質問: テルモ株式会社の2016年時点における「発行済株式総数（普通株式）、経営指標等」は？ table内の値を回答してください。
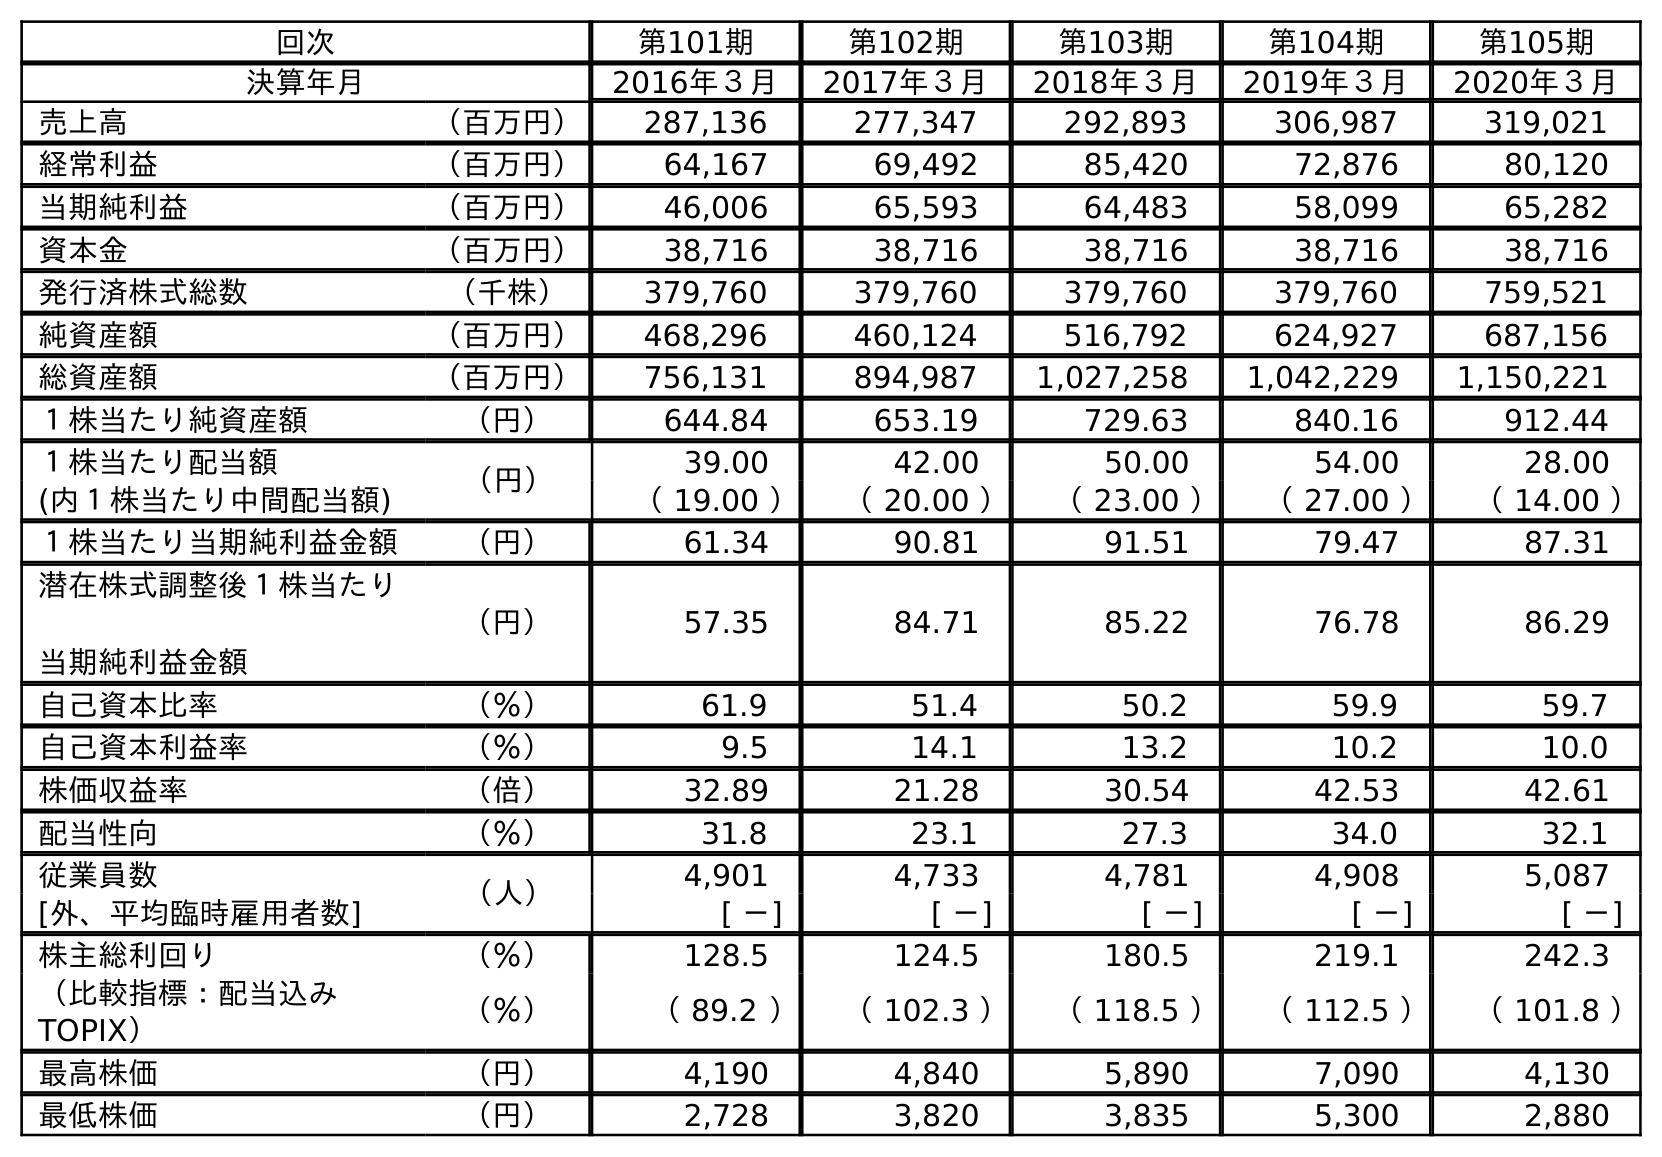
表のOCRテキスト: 回次 第101期 第102期 第103期 第104期 第105期 決算年月 2016年３月 2017年３月 2018年３月 2019年３月 2020年３月 売上高 （百万円） 287,136 277,347 292,893 306,987 319,021 経常利益 （百万円） 64,167 69,492 85,420 72,876 80,120 当期純利益 （百万円） 46,006 65,593 64,483 58,099 65,282 資本金 （百万円） 38,716 38,716 38,716 38,716 38,716 発行済株式総数 （千株） 379,760 379,760 379,760 379,760 759,521 純資産額 （百万円） 468,296 460,124 516,792 624,927 687,156 総資産額 （百万円） 756,131 894,987 1,027,258 1,042,229 1,150,221 １株当たり純資産額 （円） 644.84 653.19 729.63 840.16 912.44 １株当たり配当額 （円） 39.00 42.00 50.00 54.00 28.00 (内１株当たり中間配当額) （ 19.00 ） （ 20.00 ） （ 23.00 ） （ 27.00 ） （ 14.00 ） １株当たり当期純利益金額 （円） 61.34 90.81 91.51 79.47 87.31 潜在株式調整後１株当たり 当期純利益金額 （円） 57.35 84.71 85.22 76.78 86.29 自己資本比率 （％） 61.9 51.4 50.2 59.9 59.7 自己資本利益率 （％） 9.5 14.1 13.2 10.2 10.0 株価収益率 （倍） 32.89 21.28 30.54 42.53 42.61 配当性向 （％） 31.8 23.1 27.3 34.0 32.1 従業員数 （人） 4,901 4,733 4,781 4,908 5,087 [外、平均臨時雇用者数] [ －] [ －] [ －] [ －] [ －] 株主総利回り （％） 128.5 124.5 180.5 219.1 242.3 （比較指標：配当込み TOPIX） （％） （ 89.2 ） （ 102.3 ） （ 118.5 ） （ 112.5 ） （ 101.8 ） 最高株価 （円） 4,190 4,840 5,890 7,090 4,130 最低株価 （円） 2,728 3,820 3,835 5,300 2,880
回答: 379,760